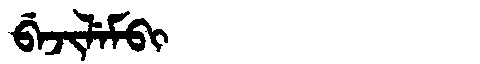
Manchu: ᠪᡝᠵᡳᠯᡝᠮᠪᡳ
Romanization: BEJILEMBI